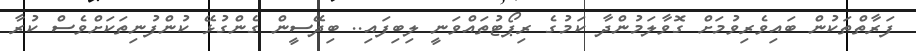
ފަރާތްތަކުން ބައިވެރިވުމަށް ގޮވާލަމުންދާ ކަމުގެ ރިޕޯޓުތައްވަނީ ލިބިފައި.. ބިދޭސީން ގެންގުޅޭ ކުންފުނިތަކަށްވެސް ކުރާ